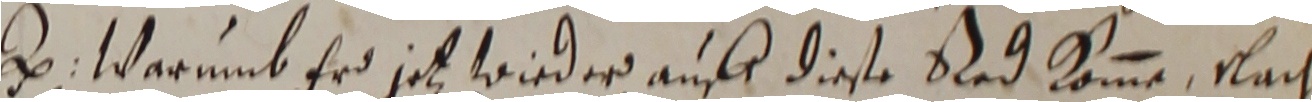
e. warumb erd ject wieder auff dieste red komme, nach